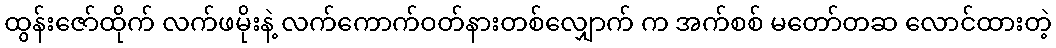
ထွန်းဇော်ထိုက် လက်ဖမိုးနဲ့ လက်ကောက်ဝတ်နားတစ်လျှောက် က အက်စစ် မတော်တဆ လောင်ထားတဲ့